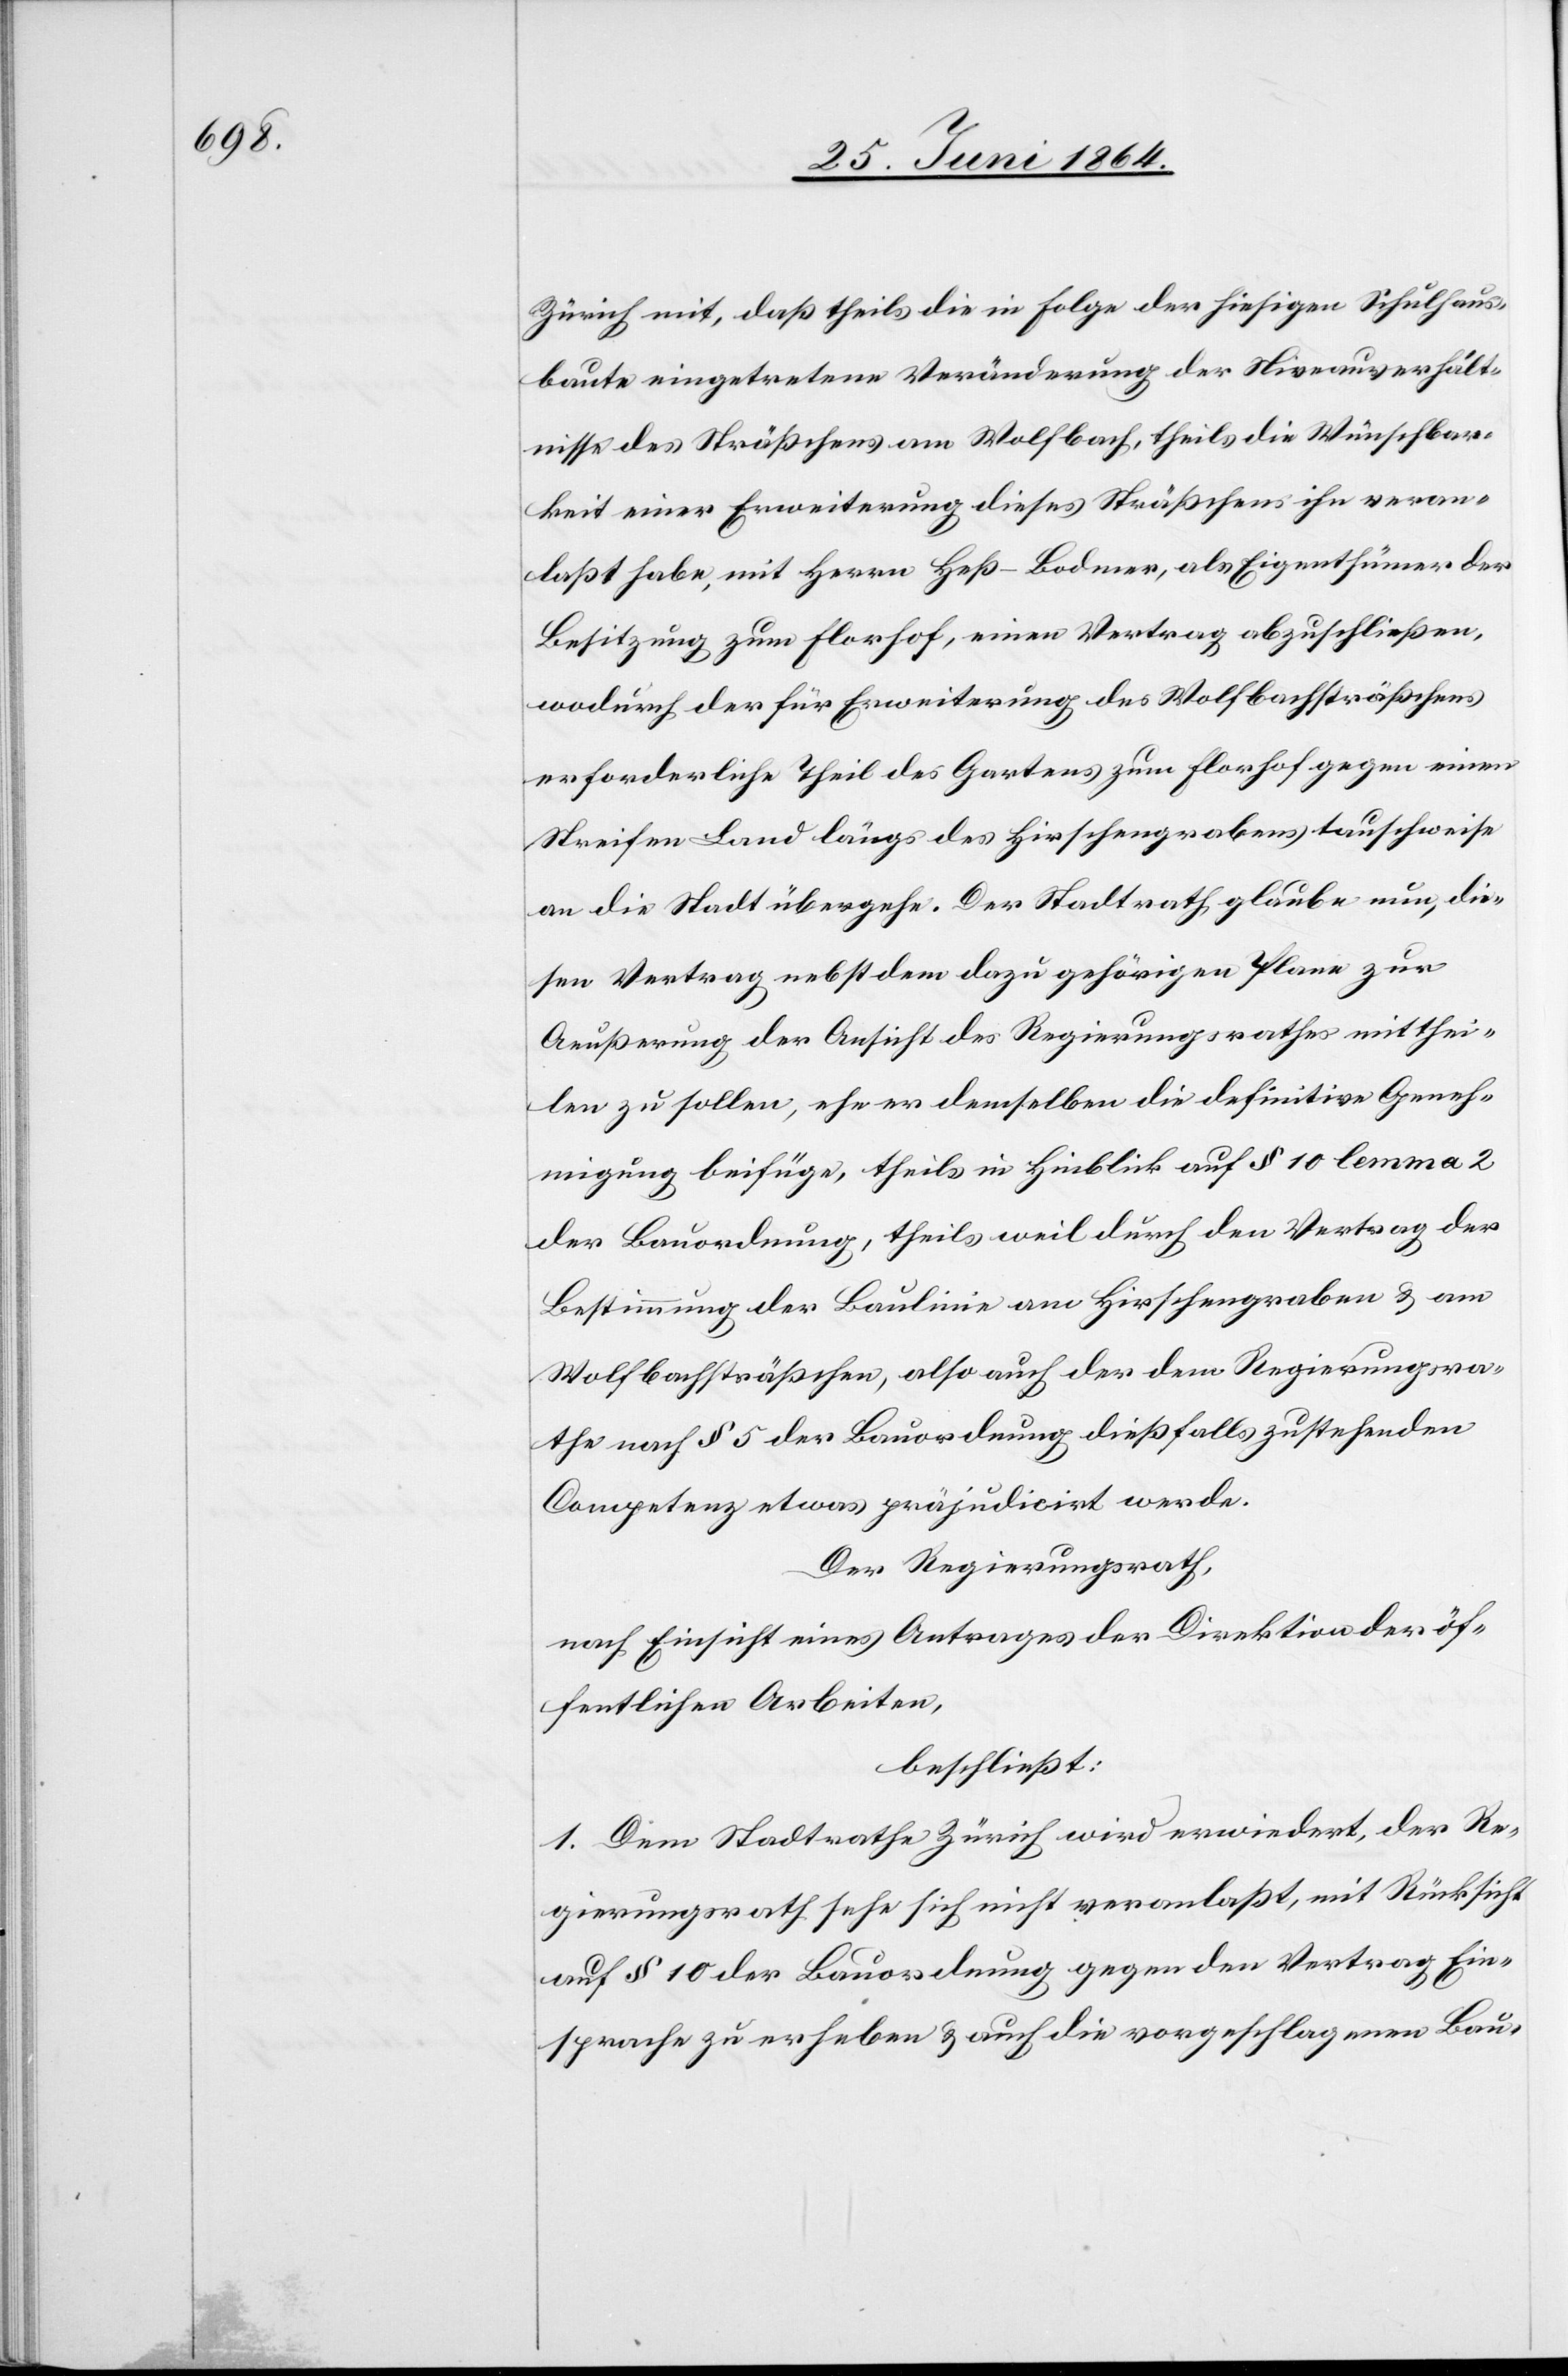
Zürich mit, daß theils die in Folge der hiesigen Schulhaus¬
baute eingetretene Veränderung der Niveauverhält¬
nisse des Sträßchens am Wolfbach, theils die Wünschbar¬
keit einer Erweiterung dieses Sträßchens ihn veran¬
laßt habe, mit Herrn Heß-Bodmer, als Eigenthümer der
Besitzung zum Florhof, einen Vertrag abzuschließen,
wodurch der für Erweiterung des Wolfbachsträßchens
erforderliche Theil des Gartens zum Florhof gegen einen
Streifen Land längs des Hirschengrabens tauschweise
an die Stadt übergehe. Der Stadtrath glaube nun, die¬
sen Vertrag nebst dem dazu gehörigen Plane zur
Aeußerung der Ansicht des Regierungsraths mitthei¬
len zu sollen, ehe er demselben die definitive Geneh¬
migung beifüge, theils in Hinblick auf § 10 lemma 2
der Bauordnung, theils weil durch den Vertrag der
Bestimmung der Baulinie am Hirschengraben u. am
Wolfbachsträßchen, also auch der dem Regierungsra¬
the nach § 5 der Bauordnung dießfalls zustehenden
Competenz etwas präjudicirt werde.
Der Regierungsrath,
nach Einsicht eines Antrages der Direktion der öf¬
fentlichen Arbeiten,
beschließt:
1. Dem Stadtrathe Zürich wird erwiedert, der Re¬
gierungsrath sehe sich nicht veranlaßt, mit Rücksicht
auf § 10 der Bauordnung gegen den Vertrag Ein¬
sprach zu erheben u. auch die vorgeschlagenen Bau-